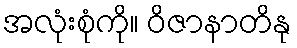
အလုံးစုံကို။ ဝိဇာနာတိနု